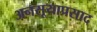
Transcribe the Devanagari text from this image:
अनसूयाप्रसाद